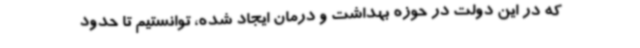
که در این دولت در حوزه بهداشت و درمان ایجاد شده، توانستیم تا حدود